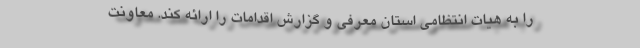
را به هیات انتظامی استان معرفی و گزارش اقدامات را ارائه کند. معاونت